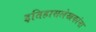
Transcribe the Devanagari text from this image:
इतिहासलेखकांना